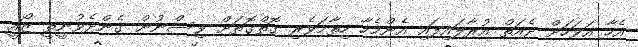
އެހާ އަވަހަށް ދެއަތް އުރާލައިފައި އެންމެހާ ހިތާމަވެރި ގޮތްގޮތަށް ވިސްނުން ގެންދެވުނީތީ ޒޯއީ